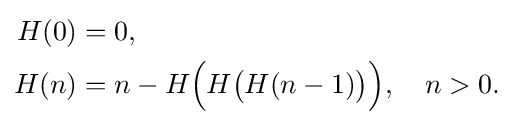
{\begin{aligned}H(0)&=0,\\H(n)&=n-H{\Big (}H{\big (}H(n-1){\big )}{\Big )},\quad n>0.\end{aligned}}